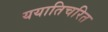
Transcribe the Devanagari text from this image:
ययातिचरित